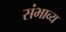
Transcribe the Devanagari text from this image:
संभाव्‍य